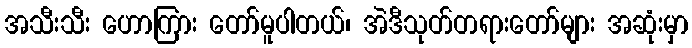
အသီးသီး ဟောကြား တော်မူပါတယ်၊ အဲဒီသုတ်တရားတော်များ အဆုံးမှာ